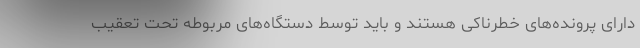
دارای پرونده‌های خطرناکی هستند و باید توسط دستگاه‌های مربوطه تحت تعقیب